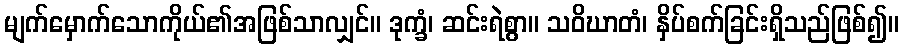
မျက်မှောက်သောကိုယ်၏အဖြစ်သာလျှင်။ ဒုက္ခံ၊ ဆင်းရဲစွာ။ သဝိဃာတံ၊ နှိပ်စက်ခြင်းရှိသည်ဖြစ်၍။